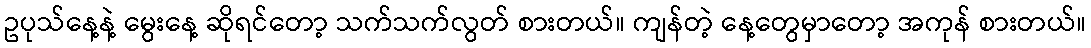
ဥပုသ်နေ့နဲ့ မွေးနေ့ ဆိုရင်တော့ သက်သက်လွတ် စားတယ်။ ကျန်တဲ့ နေ့တွေမှာတော့ အကုန် စားတယ်။